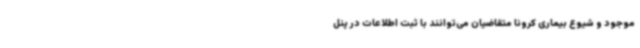
موجود و شیوع بیماری کرونا متقاضیان می‌توانند با ثبت اطلاعات در پنل